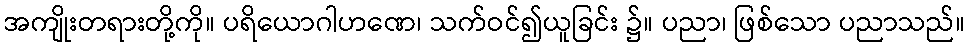
အကျိုးတရားတို့ကို။ ပရိယောဂါဟဏေ၊ သက်ဝင်၍ယူခြင်း ၌။ ပညာ၊ ဖြစ်သော ပညာသည်။